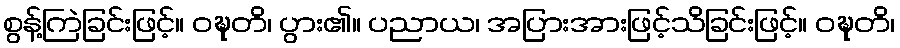
စွန့်ကြဲခြင်းဖြင့်။ ဝဍ္ဎတိ၊ ပွား၏။ ပညာယ၊ အပြားအားဖြင့်သိခြင်းဖြင့်။ ဝဍ္ဎတိ၊